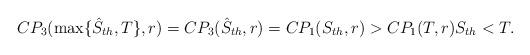
LaTeX: \begin{align*}CP_3(\max\{\hat{S}_{th},T\},r)=CP_3(\hat{S}_{th},r)=CP_1(S_{th},r)>CP_1(T,r) S_{th} < T.\end{align*}